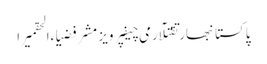
پاکستانبھارتقتلآرمی چیفپرویز مشرفضیاءالحقمیرا